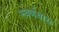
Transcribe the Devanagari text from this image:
स्वर्णधारा